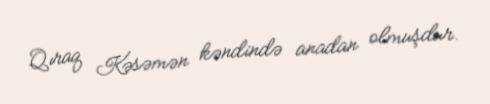
Qıraq Kəsəmən kəndində anadan olmuşdur.